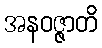
အနဝဇ္ဇာတိ